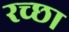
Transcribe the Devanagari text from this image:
रच्‍छा